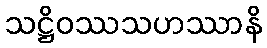
သဋ္ဌိဝဿသဟဿာနိ